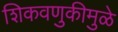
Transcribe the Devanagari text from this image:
शिकवणुकीमुळे